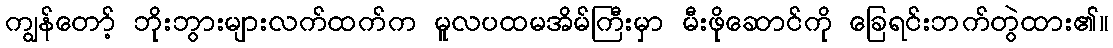
ကျွန်တော့် ဘိုးဘွားများလက်ထက်က မူလပထမအိမ်ကြီးမှာ မီးဖိုဆောင်ကို ခြေရင်းဘက်တွဲထား၏။